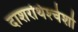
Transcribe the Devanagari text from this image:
दाशरथिश्‍चेशो